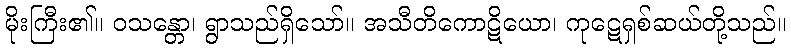
မိုးကြီး၏။ ဝသန္တော၊ ရွာသည်ရှိသော်။ အသီတိကောဋိယော၊ ကုဋေရှစ်ဆယ်တို့သည်။